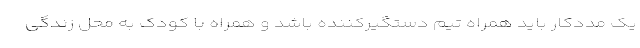
یک مددکار باید همراه تیم دستگیرکننده باشد و همراه با کودک به محل زندگی